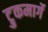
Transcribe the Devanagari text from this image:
ट्रुकमार्गे